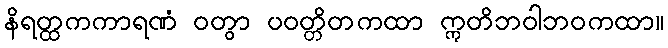
နိရတ္ထကကာရဏံ ဝတွာ ပဝတ္တိတကထာ ဣတိဘဝါဘဝကထာ။